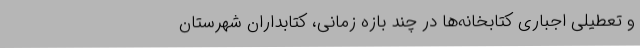
و تعطیلی اجباری کتابخانه‌ها در چند بازه زمانی، کتابداران شهرستان